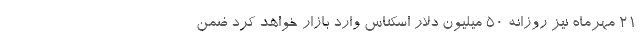
21 مهرماه نیز روزانه 50 میلیون دلار اسکناس وارد بازار خواهد کرد ضمن